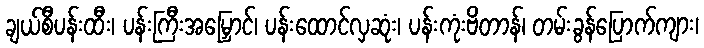
ချယ်စီပန်းထီး၊ ပန်းကြီးအမြှောင်၊ ပန်းထောင်လှဆုံး၊ ပန်းကုံးဗိတာန်၊ တမ်းခွန်ပြောက်ကျား၊